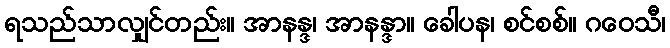
ရသည်သာလျှင်တည်း။ အာနန္ဒ၊ အာနန္ဒာ။ ခေါပန၊ စင်စစ်။ ဂဝေသီ၊